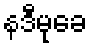
နဒီမုခေ